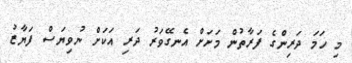
މި ހަމަ ދަރިންގެ ފަރާތުން މަށަށް އެނގޭވަރު ދަރި އަކަށް ނުވިޔަސް ފަޔާޒު